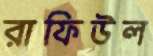
রাফিউল